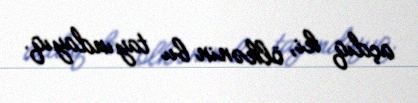
açdıq ki, ölkənin bu tayındayıq.